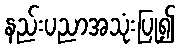
နည်းပညာအသုံးပြု၍